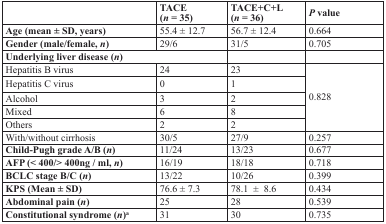
<table><thead><tr><td></td><td><b>TACE(<i>n</i> = 35)</b></td><td><b>TACE+C+L(<i>n</i> = 36)</b></td><td><b><i>P</i> value</b></td></tr></thead><tbody><tr><td><b>Age (mean ± SD, years)</b></td><td>55.4 ± 12.7</td><td>56.7 ± 12.4</td><td>0.664</td></tr><tr><td><b>Gender (male/female, <i>n</i></b>)</td><td>29/6</td><td>31/5</td><td>0.705</td></tr><tr><td colspan="2"><b>Underlying liver disease (<i>n</i></b>)</td><td></td><td></td></tr><tr><td>Hepatitis B virus</td><td>24</td><td>23</td><td rowspan="5">0.828</td></tr><tr><td>Hepatitis C virus</td><td>0</td><td>1</td></tr><tr><td>Alcohol</td><td>3</td><td>2</td></tr><tr><td>Mixed</td><td>6</td><td>8</td></tr><tr><td>Others</td><td>2</td><td>2</td></tr><tr><td>With/without cirrhosis</td><td>30/5</td><td>27/9</td><td>0.257</td></tr><tr><td><b>Child-Pugh grade A/B (<i>n</i></b>)</td><td>11/24</td><td>13/23</td><td>0.677</td></tr><tr><td><b>AFP (&lt; 400/&gt; 400ng / ml, <i>n</i></b>)</td><td>16/19</td><td>18/18</td><td>0.718</td></tr><tr><td><b>BCLC stage B/C (<i>n</i></b>)</td><td>13/22</td><td>10/26</td><td>0.399</td></tr><tr><td><b>KPS (Mean ± SD)</b></td><td>76.6 ± 7.3</td><td>78.1 ± 8.6</td><td>0.434</td></tr><tr><td><b>Abdominal pain (<i>n</i></b>)</td><td>25</td><td>28</td><td>0.539</td></tr><tr><td><b>Constitutional syndrome (<i>n</i></b>)<sup>a</sup></td><td>31</td><td>30</td><td>0.735</td></tr></tbody></table>